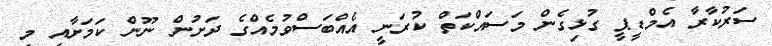
ސަރުކާރާ އެމްޑީޕީ ގުޅިގެން މަސައްކަތް ކުރަނީ އެއްބަސްވުމެއްގެ ދަށުން ނޫން ކަމަށާއި މި